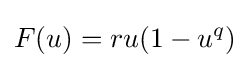
F(u)=ru(1-u^{q})